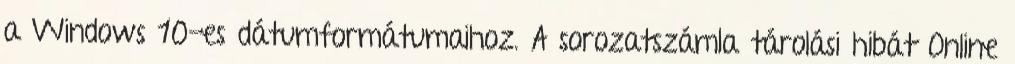
a Windows 10-es dátumformátumaihoz. A sorozatszámla tárolási hibát Online